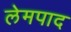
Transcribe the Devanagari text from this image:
लेमपाद